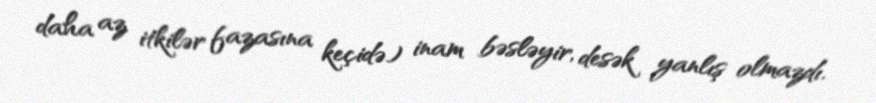
daha az itkilər fazasına keçidə) inam bəsləyir, desək yanlış olmazdı.